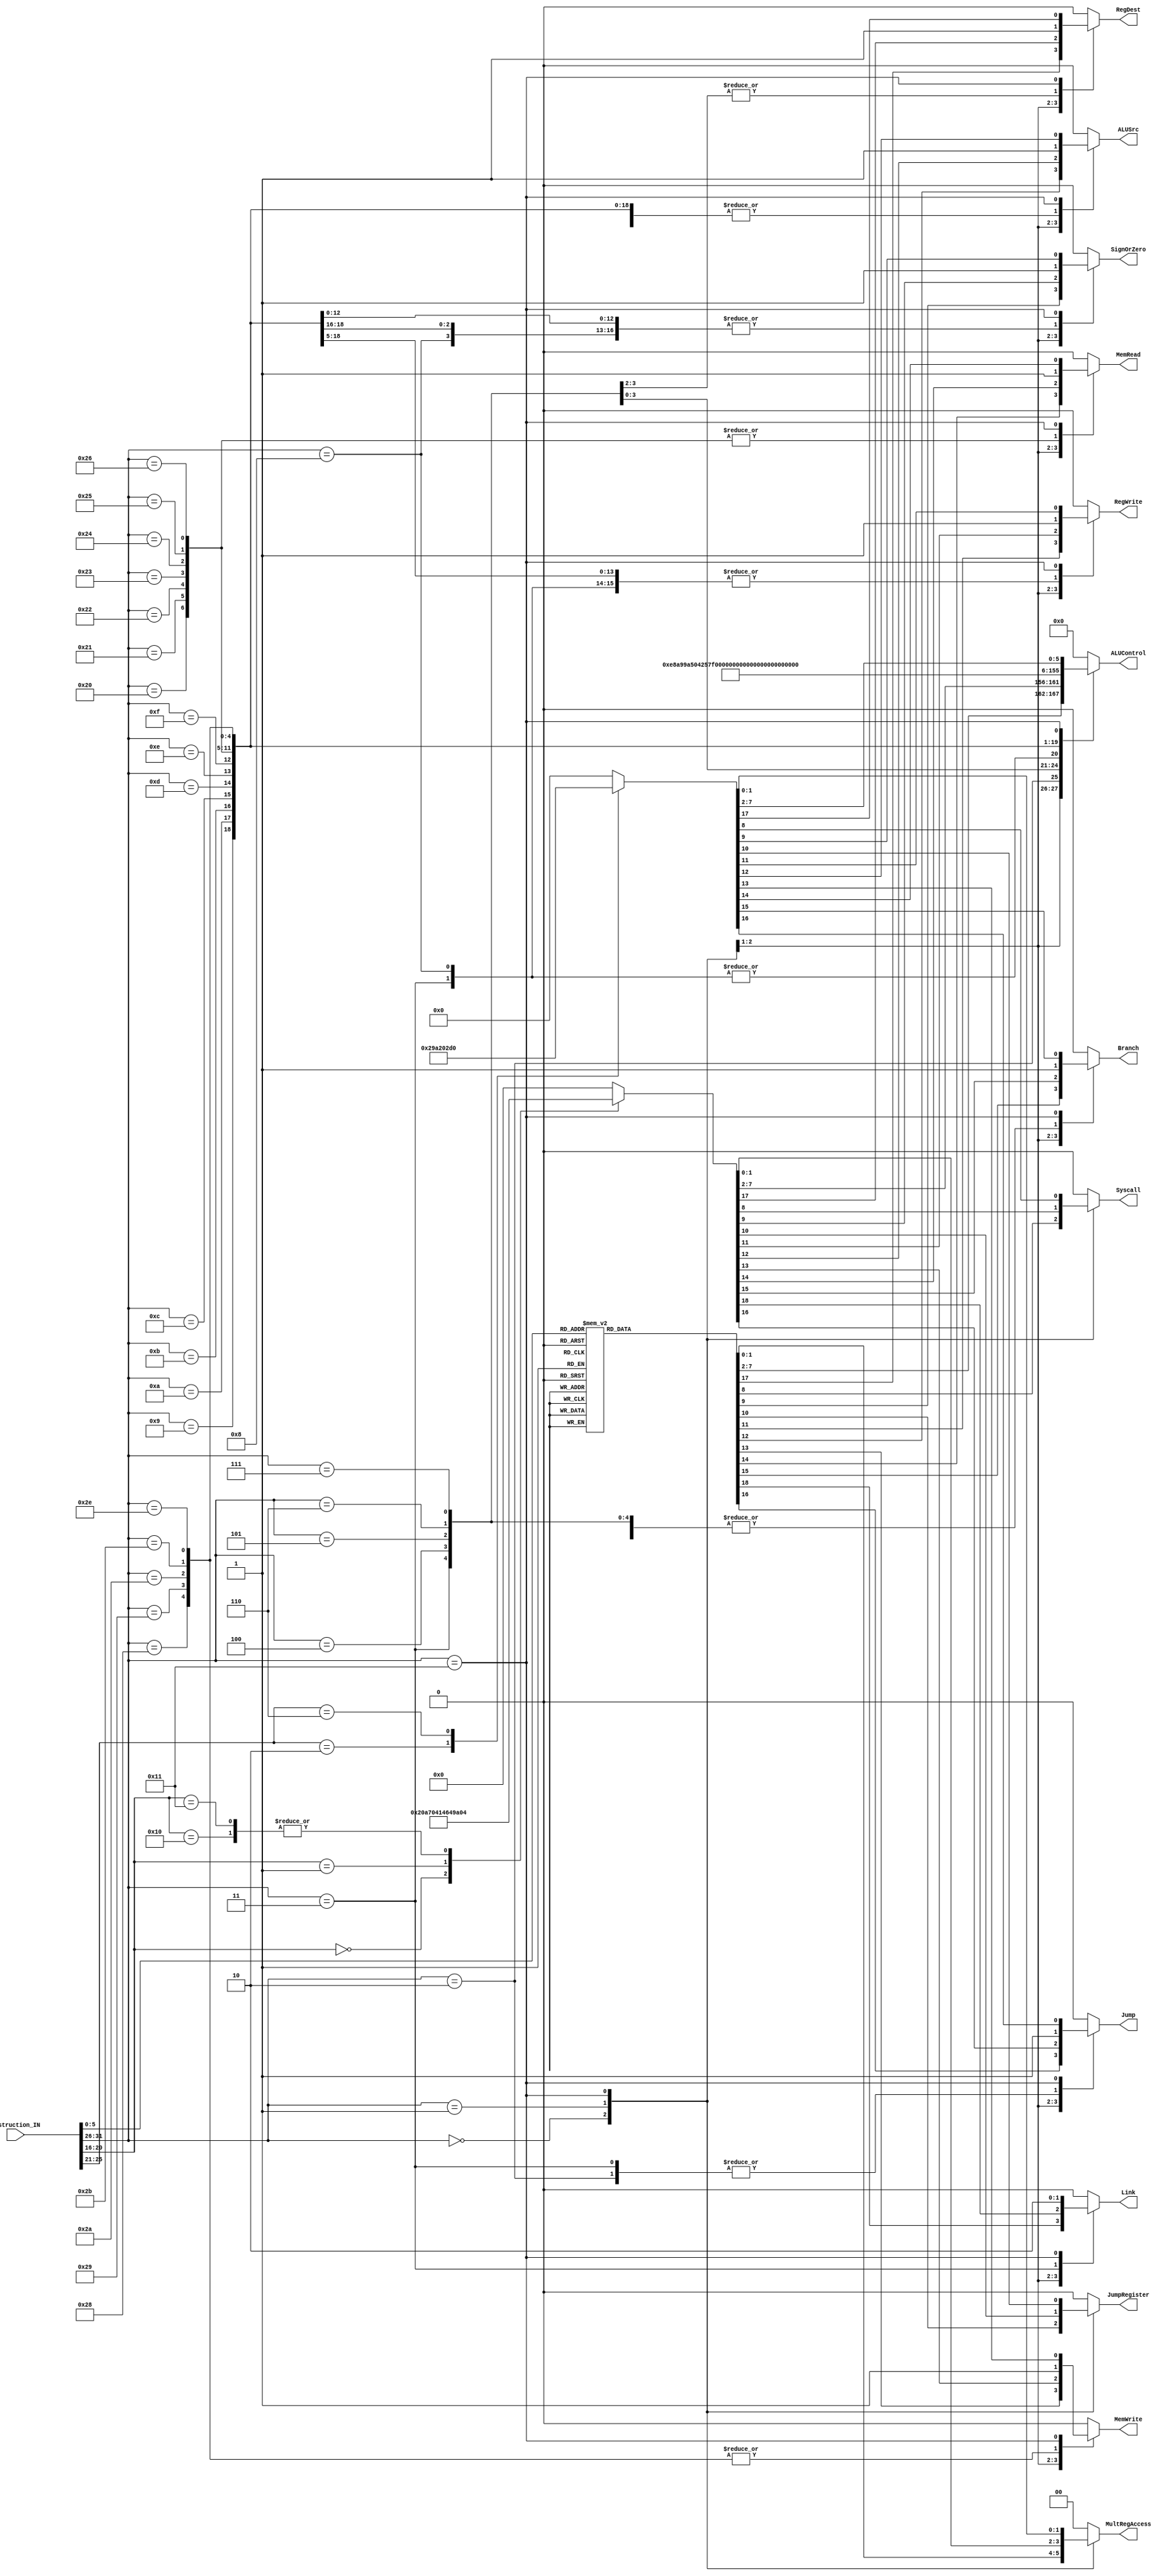
module Decoder(

	//MODULE INPUTS
	
		//ID --> Decoder
		/* verilator lint_off UNUSED */	
		input [31:0] Instruction_IN,		//INSTRUCTION TO BE DECODED
		/* verilator lint_on UNUSED */

	//MODULE OUTPUTS
	
		//Decoder --> ID
		output 		Link,		//Is this instruction an "And Link" instruction?
    		output 		RegDest,	//Does this instruction write to RD?
    		output 		Jump,		//Is this a jump instruction?			
    		output 		Branch,		//Is this a branch instruction?
    		output 		MemRead,	//Does this instruction read from memory?
    		output 		MemWrite,	//Does this instruction write to memory?
    		output 		ALUSrc,		//Does this instruction use an immediate as an input to the ALU?
    		output 		RegWrite,	//Does this instruction write to a register?
   		output 		JumpRegister,	//Does this instruction jump to a location in a register?
    		output 		SignOrZero,	//Should the immediate be sign extended (1) or zero extended (0)?
    		output 		Syscall,	//Is this instruction a syscall?
    		output [5:0] 	ALUControl,	//What operation should the ALU perform?
		output [1:0] 	MultRegAccess	//Does this instruction access HI/LO?

);

wire [5:0] Opcode;
wire [4:0] Format;
wire [4:0] rt;
wire [5:0] Funct;
	
assign 	Opcode 	= Instruction_IN[31:26];
assign 	Format 	= Instruction_IN[25:21];
assign 	rt 	= Instruction_IN[20:16];
assign 	Funct 	= Instruction_IN[5:0];

/* TODO
 * Procedural assignment to wires is not in standard
 * Need to find a better way to represent this
 * Preventing using higher versions of verilator
 */
always begin
	
	//CASE STATEMENT FOR OP CODE
	case(Opcode)
        	
		//OPCODE: 0 (SPECIAL)
		6'b000000: begin
			
			//CASE STATEMENT FOR FUNCTION
            		case(Funct)
				
				//FUNCTION: 0 (SLL)
                		6'b000000:begin 
					
					{Link,RegDest,Jump,Branch,MemRead,MemWrite,ALUSrc,RegWrite,JumpRegister,SignOrZero,Syscall,ALUControl,MultRegAccess} = 19'b0100000100001001100; 
				
				end

				//FUNCTION: 2 (SRL)
                		6'b000010:begin 

					{Link,RegDest,Jump,Branch,MemRead,MemWrite,ALUSrc,RegWrite,JumpRegister,SignOrZero,Syscall,ALUControl,MultRegAccess} = 19'b0100000100001101100; 

				end

				//FUNCTION: 3 (SRA)
                		6'b000011:begin 

					{Link,RegDest,Jump,Branch,MemRead,MemWrite,ALUSrc,RegWrite,JumpRegister,SignOrZero,Syscall,ALUControl,MultRegAccess} = 19'b0100000100001100100; 

				end

				//FUNCTION: 4 (SLLV)
                		6'b000100:begin 
		
					{Link,RegDest,Jump,Branch,MemRead,MemWrite,ALUSrc,RegWrite,JumpRegister,SignOrZero,Syscall,ALUControl,MultRegAccess} = 19'b0100000100001010000;

				end
                		
				//FUNCTION: 6 (SRLV)
				6'b000110:begin

					{Link,RegDest,Jump,Branch,MemRead,MemWrite,ALUSrc,RegWrite,JumpRegister,SignOrZero,Syscall,ALUControl,MultRegAccess} = 19'b0100000100001110000;

				end
                		
				//FUNCTION: 7 (SRAV)
				6'b000111:begin 

					{Link,RegDest,Jump,Branch,MemRead,MemWrite,ALUSrc,RegWrite,JumpRegister,SignOrZero,Syscall,ALUControl,MultRegAccess} = 19'b0100000100001101000;

				end
				
				//FUNCTION: 8 (JR)
				6'b001000:begin 

					{Link,RegDest,Jump,Branch,MemRead,MemWrite,ALUSrc,RegWrite,JumpRegister,SignOrZero,Syscall,ALUControl,MultRegAccess} = 19'b0011000010011111000;

				end
				
				//FUNCTION: 9 (JALR)
				6'b001001:begin 
			
					{Link,RegDest,Jump,Branch,MemRead,MemWrite,ALUSrc,RegWrite,JumpRegister,SignOrZero,Syscall,ALUControl,MultRegAccess} = 19'b1111001110000000100;

				end
                		
				//FUNCTION: 12 (SYSCALL)
				6'b001100:begin
	
					{Link,RegDest,Jump,Branch,MemRead,MemWrite,ALUSrc,RegWrite,JumpRegister,SignOrZero,Syscall,ALUControl,MultRegAccess} = 19'b0000001101100001100;

				end
         
				//FUNCTION: 13 (BREAK)
				6'b001101:begin 

					{Link,RegDest,Jump,Branch,MemRead,MemWrite,ALUSrc,RegWrite,JumpRegister,SignOrZero,Syscall,ALUControl,MultRegAccess} = 19'b0100001100001001100;

				end
                		
				//FUNCTION: 16 (MFHI)
				6'b010000:begin 

					{Link,RegDest,Jump,Branch,MemRead,MemWrite,ALUSrc,RegWrite,JumpRegister,SignOrZero,Syscall,ALUControl,MultRegAccess} = 19'b0100000100000100110;

				end
                		
				//FUNCTION: 17 (MTHI)
				6'b010001:begin 

					{Link,RegDest,Jump,Branch,MemRead,MemWrite,ALUSrc,RegWrite,JumpRegister,SignOrZero,Syscall,ALUControl,MultRegAccess} = 19'b0000000000000101110;

				end
                		
				//FUNCTION: 18 (MFLO)
				6'b010010:begin 

					{Link,RegDest,Jump,Branch,MemRead,MemWrite,ALUSrc,RegWrite,JumpRegister,SignOrZero,Syscall,ALUControl,MultRegAccess} = 19'b0100000100000101001;

				end
                		
				//FUNCTION: 19 (MTLO)
				6'b010011:begin 
					
					{Link,RegDest,Jump,Branch,MemRead,MemWrite,ALUSrc,RegWrite,JumpRegister,SignOrZero,Syscall,ALUControl,MultRegAccess} = 19'b0000000000000110001; 
				
				end
				
				//FUNCTION: 24 (MULT)
				6'b011000:begin 
				
					{Link,RegDest,Jump,Branch,MemRead,MemWrite,ALUSrc,RegWrite,JumpRegister,SignOrZero,Syscall,ALUControl,MultRegAccess} = 19'b0100000000000110111; 
				
				end
				
				//FUNCTION: 25 (MULTU)
				6'b011001:begin 
				
					{Link,RegDest,Jump,Branch,MemRead,MemWrite,ALUSrc,RegWrite,JumpRegister,SignOrZero,Syscall,ALUControl,MultRegAccess} = 19'b0100000000000110111; 
				
				end
				
				//FUNCTION: 26 (DIV)
				6'b011010:begin 
				
					{Link,RegDest,Jump,Branch,MemRead,MemWrite,ALUSrc,RegWrite,JumpRegister,SignOrZero,Syscall,ALUControl,MultRegAccess} = 19'b0100000000000010111; 
				
				end
				
				//FUNCTION: 27 (DIVU)
				6'b011011:begin 
				
					{Link,RegDest,Jump,Branch,MemRead,MemWrite,ALUSrc,RegWrite,JumpRegister,SignOrZero,Syscall,ALUControl,MultRegAccess} = 19'b0100000000000011011; 
				
				end
                		
				//FUNCTION: 32 (ADD)
				6'b100000:begin 
				
					{Link,RegDest,Jump,Branch,MemRead,MemWrite,ALUSrc,RegWrite,JumpRegister,SignOrZero,Syscall,ALUControl,MultRegAccess} = 19'b0100000100000000000; 
				
				end
                		
				//FUNCTION: 33 (ADDU)
				6'b100001:begin 
				
					{Link,RegDest,Jump,Branch,MemRead,MemWrite,ALUSrc,RegWrite,JumpRegister,SignOrZero,Syscall,ALUControl,MultRegAccess} = 19'b0100000100011011100; 
				
				end
                		
				//FUNCTION: 34 (SUB)
				6'b100010:begin 
				
					{Link,RegDest,Jump,Branch,MemRead,MemWrite,ALUSrc,RegWrite,JumpRegister,SignOrZero,Syscall,ALUControl,MultRegAccess} = 19'b0100000100001110100; 
				
				end
                		
				//FUNCTION: 35 (SUBU)
				6'b100011:begin 
				
					{Link,RegDest,Jump,Branch,MemRead,MemWrite,ALUSrc,RegWrite,JumpRegister,SignOrZero,Syscall,ALUControl,MultRegAccess} = 19'b0100000100001111000; 
				
				end
                		
				//FUNCTION: 36 (AND)
				6'b100100:begin 
				
					{Link,RegDest,Jump,Branch,MemRead,MemWrite,ALUSrc,RegWrite,JumpRegister,SignOrZero,Syscall,ALUControl,MultRegAccess} = 19'b0100000100000010000; 
				
				end
                		
				//FUNCTION: 37 (OR)
				6'b100101:begin 
				
					{Link,RegDest,Jump,Branch,MemRead,MemWrite,ALUSrc,RegWrite,JumpRegister,SignOrZero,Syscall,ALUControl,MultRegAccess} = 19'b0100000100001000000; 
				
				end
                		
				//FUNCTION: 38 (XOR)
				6'b100110:begin 
				
					{Link,RegDest,Jump,Branch,MemRead,MemWrite,ALUSrc,RegWrite,JumpRegister,SignOrZero,Syscall,ALUControl,MultRegAccess} = 19'b0100000100001111100; 
				
				end
                		
				//FUNCTION: 39 (NOR)
				6'b100111:begin 
				
					{Link,RegDest,Jump,Branch,MemRead,MemWrite,ALUSrc,RegWrite,JumpRegister,SignOrZero,Syscall,ALUControl,MultRegAccess} = 19'b0100000100000111100; 
				
				end
                		
				//FUNCTION: 42 (SLT)		
				6'b101010:begin 
				
					{Link,RegDest,Jump,Branch,MemRead,MemWrite,ALUSrc,RegWrite,JumpRegister,SignOrZero,Syscall,ALUControl,MultRegAccess} = 19'b0100000100001010100; 
				
				end
                		
				//FUNCTION: 43 (SLTU)
				6'b101011:begin 
				
					{Link,RegDest,Jump,Branch,MemRead,MemWrite,ALUSrc,RegWrite,JumpRegister,SignOrZero,Syscall,ALUControl,MultRegAccess} = 19'b0100000100011111100; 
				
				end
                		
				//FUNCTION: Default
				default:begin
				       
					$display("Not an Instruction!");
					{Link,RegDest,Jump,Branch,MemRead,MemWrite,ALUSrc,RegWrite,JumpRegister,SignOrZero,Syscall,ALUControl,MultRegAccess} = 19'd0;

				end
            		endcase
        	end
        
		//OPCODE: 1 (REGIMM)
		6'b000001:begin
           
			//CASE STATEMENT FOR RT	
			case(rt)
                
				//RT: 0 (BLTZ)
				5'b00000:begin 
				
					{Link,RegDest,Jump,Branch,MemRead,MemWrite,ALUSrc,RegWrite,JumpRegister,SignOrZero,Syscall,ALUControl,MultRegAccess} = 19'b0001000001010011100; 
				
				end
                		
				//RT: 1 (BGEZ)
				5'b00001:begin 
				
					{Link,RegDest,Jump,Branch,MemRead,MemWrite,ALUSrc,RegWrite,JumpRegister,SignOrZero,Syscall,ALUControl,MultRegAccess} = 19'b0001000001010001100; 
				
				end
                		
				//RT: 16 (BLTZAL)
				5'b10000:begin 
				
					{Link,RegDest,Jump,Branch,MemRead,MemWrite,ALUSrc,RegWrite,JumpRegister,SignOrZero,Syscall,ALUControl,MultRegAccess} = 19'b1001001101000000100; 
				
				end
                
				//RT: 17 (BGEZAL)
				5'b10001:begin 
				
					{Link,RegDest,Jump,Branch,MemRead,MemWrite,ALUSrc,RegWrite,JumpRegister,SignOrZero,Syscall,ALUControl,MultRegAccess} = 19'b1001001101000000100; 
				
				end
                
				//RT: Default
				default:begin
				       
					$display("Not an Instruction!");	
					{Link,RegDest,Jump,Branch,MemRead,MemWrite,ALUSrc,RegWrite,JumpRegister,SignOrZero,Syscall,ALUControl,MultRegAccess} = 19'd0;
				
				end
	
			endcase

        	end
		
		//OPCODE: 2 (J)
		6'b000010:begin 
			
			{Link,RegDest,Jump,Branch,MemRead,MemWrite,ALUSrc,RegWrite,JumpRegister,SignOrZero,Syscall,ALUControl,MultRegAccess} = 19'b0011000000000111000; 
		
		end
	
		//OPCODE: 3 (JAL)
		6'b000011:begin 
		
			{Link,RegDest,Jump,Branch,MemRead,MemWrite,ALUSrc,RegWrite,JumpRegister,SignOrZero,Syscall,ALUControl,MultRegAccess} = 19'b1011001101000000100; 
		
		end
	
		//OPCODE: 4 (BEQ)
		6'b000100:begin 
		
			{Link,RegDest,Jump,Branch,MemRead,MemWrite,ALUSrc,RegWrite,JumpRegister,SignOrZero,Syscall,ALUControl,MultRegAccess} = 19'b0101000001010001000; 
		
		end
		
		//OPCODE: 5 (BNE)
		6'b000101:begin 
		
			{Link,RegDest,Jump,Branch,MemRead,MemWrite,ALUSrc,RegWrite,JumpRegister,SignOrZero,Syscall,ALUControl,MultRegAccess} = 19'b0101000001010100100; 
		
		end
        
		//OPCODE: 6 (BLEZ)
		6'b000110:begin 
		
			{Link,RegDest,Jump,Branch,MemRead,MemWrite,ALUSrc,RegWrite,JumpRegister,SignOrZero,Syscall,ALUControl,MultRegAccess} = 19'b0001000001010011000; 
		
		end
        
		//OPCODE: 7 (BGTZ)
		6'b000111:begin 
		
			{Link,RegDest,Jump,Branch,MemRead,MemWrite,ALUSrc,RegWrite,JumpRegister,SignOrZero,Syscall,ALUControl,MultRegAccess} = 19'b0001000001010010100; 
		
		end
        
		//OPCODE: 8 (ADDI)
		6'b001000:begin 
		
			{Link,RegDest,Jump,Branch,MemRead,MemWrite,ALUSrc,RegWrite,JumpRegister,SignOrZero,Syscall,ALUControl,MultRegAccess} = 19'b0000001101000000100; 
		
		end  
        
		//OPCODE: 9 (ADDIU)
		6'b001001:begin 
		
			{Link,RegDest,Jump,Branch,MemRead,MemWrite,ALUSrc,RegWrite,JumpRegister,SignOrZero,Syscall,ALUControl,MultRegAccess} = 19'b0000001101000001000; 
		
		end

		//OPCODE: 10 (SLTI)
		6'b001010:begin 
		
			{Link,RegDest,Jump,Branch,MemRead,MemWrite,ALUSrc,RegWrite,JumpRegister,SignOrZero,Syscall,ALUControl,MultRegAccess} = 19'b0000001101001010100; 
		
		end
        
		//OPCODE: 11 (SLTIU)
		6'b001011:begin 
		
			{Link,RegDest,Jump,Branch,MemRead,MemWrite,ALUSrc,RegWrite,JumpRegister,SignOrZero,Syscall,ALUControl,MultRegAccess} = 19'b0000001101011111100; 
		
		end
        
		//OPCODE: 12 (ANDI)
		6'b001100:begin 
		
			{Link,RegDest,Jump,Branch,MemRead,MemWrite,ALUSrc,RegWrite,JumpRegister,SignOrZero,Syscall,ALUControl,MultRegAccess} = 19'b0000001100000010000; 
		
		end
        	
		//OPCODE: 13 (ORI)
		6'b001101:begin 
		
			{Link,RegDest,Jump,Branch,MemRead,MemWrite,ALUSrc,RegWrite,JumpRegister,SignOrZero,Syscall,ALUControl,MultRegAccess} = 19'b0000001100001000000; 
		
		end
        
		//OPCODE: 14 (XORI)
		6'b001110:begin 
		
			{Link,RegDest,Jump,Branch,MemRead,MemWrite,ALUSrc,RegWrite,JumpRegister,SignOrZero,Syscall,ALUControl,MultRegAccess} = 19'b0000001100010000000; 
		
		end
	
		//OPCODE: 15 (LUI)
		6'b001111:begin 
		
			{Link,RegDest,Jump,Branch,MemRead,MemWrite,ALUSrc,RegWrite,JumpRegister,SignOrZero,Syscall,ALUControl,MultRegAccess} = 19'b0000001101000100000; 
		
		end
      
		//OPCODE: 32 (LB)
		6'b100000:begin 
		
			{Link,RegDest,Jump,Branch,MemRead,MemWrite,ALUSrc,RegWrite,JumpRegister,SignOrZero,Syscall,ALUControl,MultRegAccess} = 19'b0000101101010000100; 
		
		end

		//OPCODE: 33 (LH)
		6'b100001:begin 
		
			{Link,RegDest,Jump,Branch,MemRead,MemWrite,ALUSrc,RegWrite,JumpRegister,SignOrZero,Syscall,ALUControl,MultRegAccess} = 19'b0000101101010101100; 
		
		end

		//OPCODE: 34 (LWL)
		6'b100010:begin 
		
			{Link,RegDest,Jump,Branch,MemRead,MemWrite,ALUSrc,RegWrite,JumpRegister,SignOrZero,Syscall,ALUControl,MultRegAccess} = 19'b0000101101010110100; 
		
		end

		//OPCODE: 35 (LW)
		6'b100011:begin 
		
			{Link,RegDest,Jump,Branch,MemRead,MemWrite,ALUSrc,RegWrite,JumpRegister,SignOrZero,Syscall,ALUControl,MultRegAccess} = 19'b0000101101011110100; 
		
		end

		//OPCODE: 36 (LBU)  	 
		6'b100100:begin 
		
			{Link,RegDest,Jump,Branch,MemRead,MemWrite,ALUSrc,RegWrite,JumpRegister,SignOrZero,Syscall,ALUControl,MultRegAccess} = 19'b0000101101010101000; 
		
		end
		  
		//OPCODE: 37 (LHU)
		6'b100101:begin 
		
			{Link,RegDest,Jump,Branch,MemRead,MemWrite,ALUSrc,RegWrite,JumpRegister,SignOrZero,Syscall,ALUControl,MultRegAccess} = 19'b0000101101010110000; 
		
		end
		  
		//OPCODE: 38 (LWR)
		6'b100110:begin 
		
			{Link,RegDest,Jump,Branch,MemRead,MemWrite,ALUSrc,RegWrite,JumpRegister,SignOrZero,Syscall,ALUControl,MultRegAccess} = 19'b0000101101010111000; 
		
		end
		  
		//OPCODE: 40 (SB)
		6'b101000:begin 
		
			{Link,RegDest,Jump,Branch,MemRead,MemWrite,ALUSrc,RegWrite,JumpRegister,SignOrZero,Syscall,ALUControl,MultRegAccess} = 19'b0000011001010111100; 
		
		end
		
	      	//OPCODE: 41 (SH)	
		6'b101001:begin 
		
			{Link,RegDest,Jump,Branch,MemRead,MemWrite,ALUSrc,RegWrite,JumpRegister,SignOrZero,Syscall,ALUControl,MultRegAccess} = 19'b0000011001011000000; 
		
		end
		
	      	//OPCODE: 42 (SWL)	
		6'b101010:begin 
			
			{Link,RegDest,Jump,Branch,MemRead,MemWrite,ALUSrc,RegWrite,JumpRegister,SignOrZero,Syscall,ALUControl,MultRegAccess} = 19'b0000011001011001000; 
		
		end
		
	      	//OPCODE: 43 (SW)	
		6'b101011:begin 
		
			{Link,RegDest,Jump,Branch,MemRead,MemWrite,ALUSrc,RegWrite,JumpRegister,SignOrZero,Syscall,ALUControl,MultRegAccess} = 19'b0000011001011000100; 
		
		end

		//OPCODE: 46 (SWR)
		6'b101110:begin 
		
			{Link,RegDest,Jump,Branch,MemRead,MemWrite,ALUSrc,RegWrite,JumpRegister,SignOrZero,Syscall,ALUControl,MultRegAccess} = 19'b0000011001011001100; 
		
		end

		//OPCODE: 17 (COP1)
		6'b010001:begin
			
			$display("UNHANDLED CASE - COP1");

			case(Format)
                
				//FORMAT: 2 (CFC1)
				5'b00010:begin 

					{Link,RegDest,Jump,Branch,MemRead,MemWrite,ALUSrc,RegWrite,JumpRegister,SignOrZero,Syscall,ALUControl,MultRegAccess} = 19'b0000000101001101000; 

				end
                
				//FORMAT: 5 (CTC1)
				5'b00110:begin 

					{Link,RegDest,Jump,Branch,MemRead,MemWrite,ALUSrc,RegWrite,JumpRegister,SignOrZero,Syscall,ALUControl,MultRegAccess} = 19'b0100000001011010000; 

				end
              	 
				default:begin 

					$display("Not an Instruction!");
					{Link,RegDest,Jump,Branch,MemRead,MemWrite,ALUSrc,RegWrite,JumpRegister,SignOrZero,Syscall,ALUControl,MultRegAccess} = 19'd0;

				end

            		endcase

        	end
        
		default:begin

			$display("Not an Instruction!");
			{Link,RegDest,Jump,Branch,MemRead,MemWrite,ALUSrc,RegWrite,JumpRegister,SignOrZero,Syscall,ALUControl,MultRegAccess} = 19'd0;

		end

    	endcase
    
end

endmodule